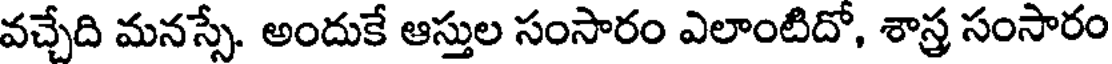
వచ్చేది మనస్సే. అందుకే ఆస్తుల సంసారం ఎలాంటిదో, శాస్త్ర సంసారం